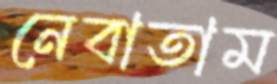
নেবাতাম